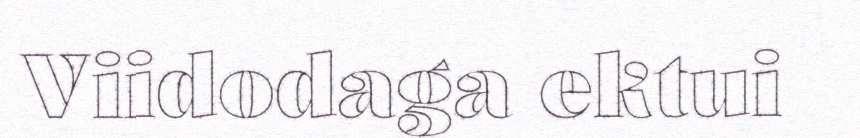
Viidodaga ektui